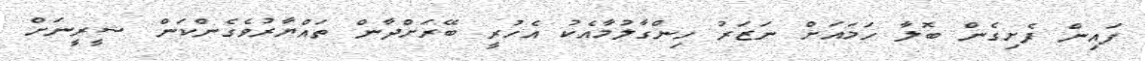
ފައިން ފެށިގެން ބޮލާ ހަމައަށް ނަޒަރު ހިންގާލުމާއެކު އެހުރީ ބޭރަށްދާން ތައްޔާރުވެގެންކަން ޝީރީނަށް